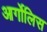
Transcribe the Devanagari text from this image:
आर्गोलिस